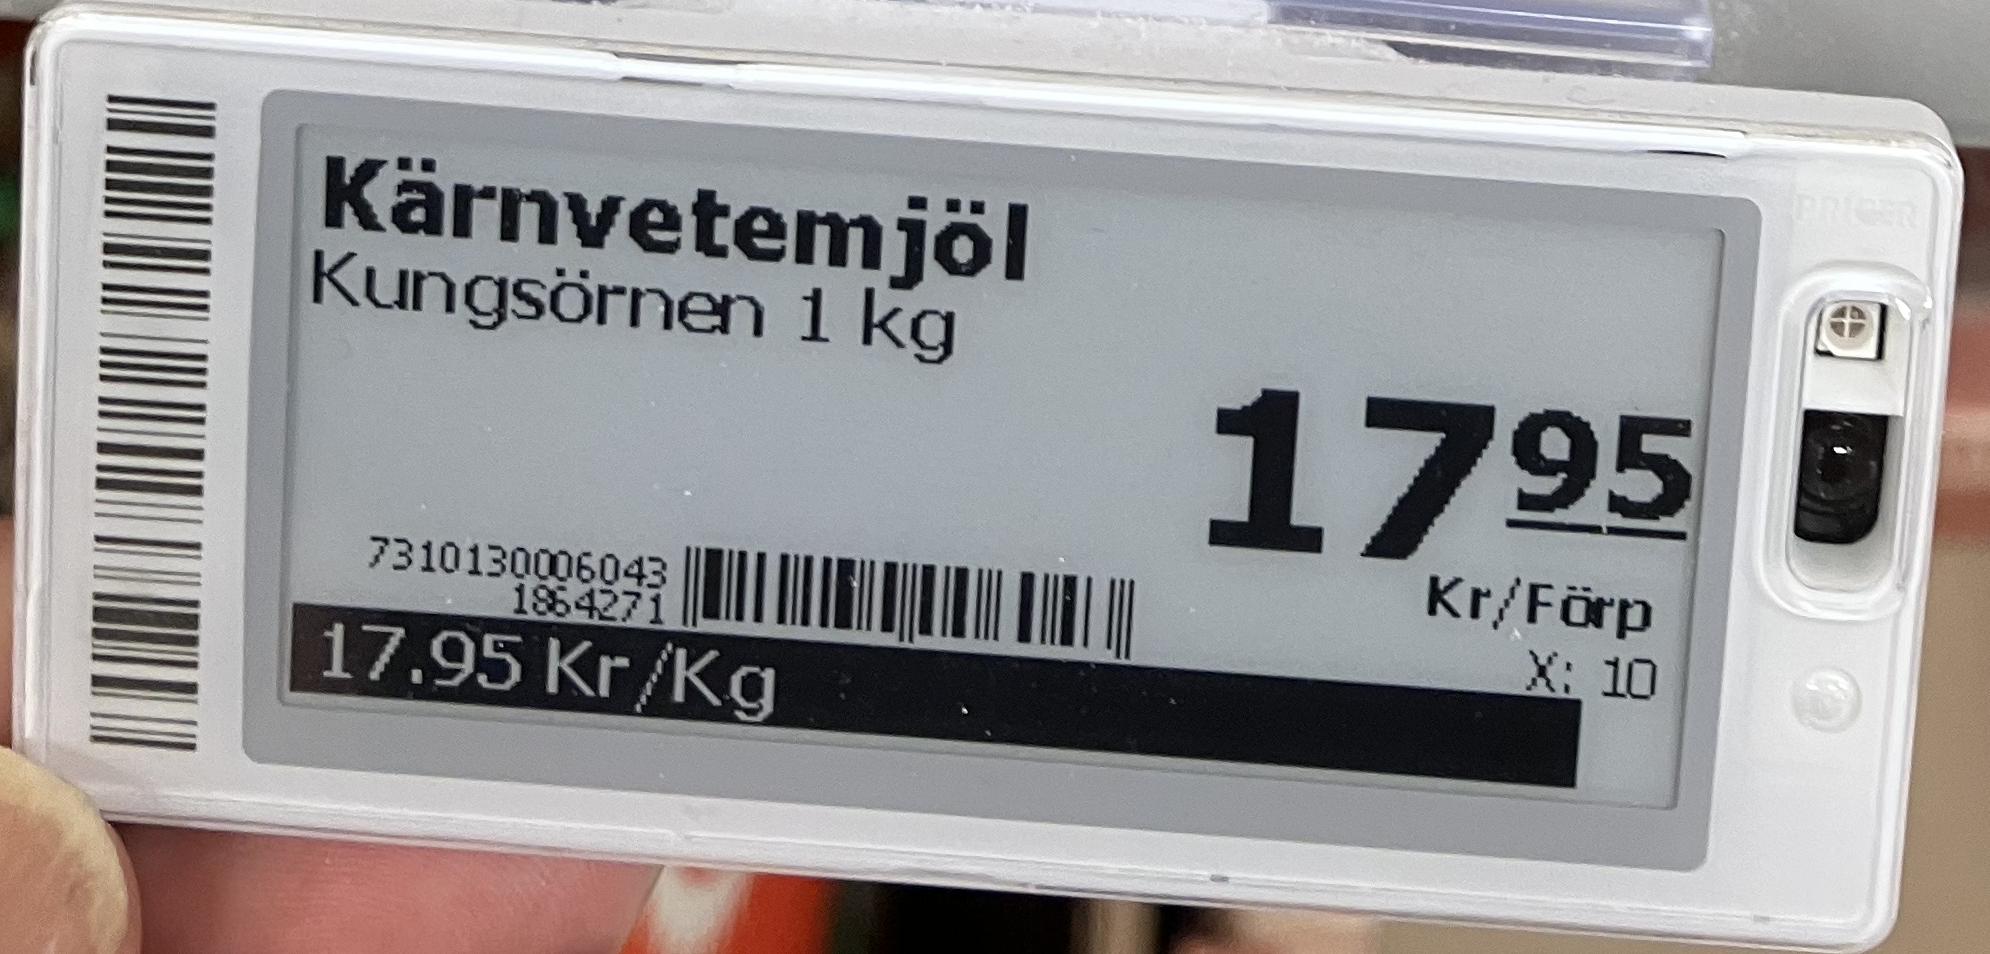
Vara: Kärnvetemjöl
Genomsnittspris: 17.95 per kg